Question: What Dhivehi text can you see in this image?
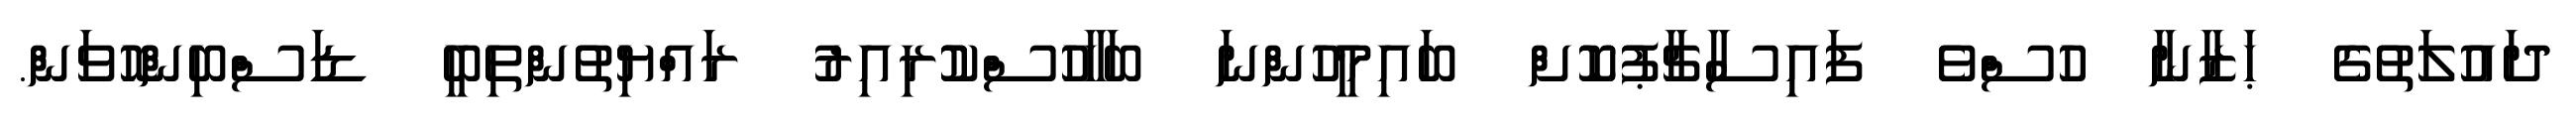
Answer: ދައުލަތުގެ ޙަޒާނާ ހުސްވެ ފައިސާޗާޕުކޮށް ބައިމީހުންނަ ބަހާހުސްކުުރިއިރު ރައްޔިތުންތިބީ ޑަސްބިންހޮވަން.